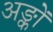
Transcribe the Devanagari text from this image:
अङ्कों